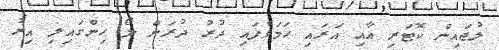
ލުޖައިން ކޮޓަރި އާއި އަރައި ހަމަވެފައި ދުރު ދުރަށް ލޯ ހިންގައިލި އިރު